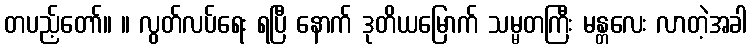
တပည့်တော်။ ။ လွတ်လပ်ရေး ရပြီ နောက် ဒုတိယမြောက် သမ္မတကြီး မန္တလေး လာတဲ့အခါ